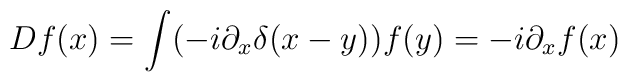
Df(x)=\int (-i\partial _{x}\delta (x-y))f(y)=-i\partial _{x}f(x)